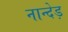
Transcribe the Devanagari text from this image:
नान्देड़